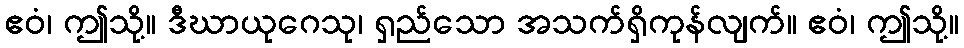
ဧဝံ၊ ဤသို့။ ဒီဃာယုဂေသု၊ ရှည်သော အသက်ရှိကုန်လျက်။ ဧဝံ၊ ဤသို့။